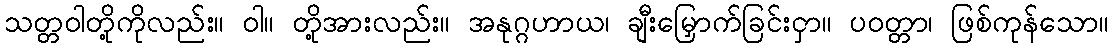
သတ္တဝါတို့ကိုလည်း။ ဝါ။ တို့အားလည်း။ အနုဂ္ဂဟာယ၊ ချီးမြှောက်ခြင်းငှာ။ ပဝတ္တာ၊ ဖြစ်ကုန်သော။